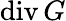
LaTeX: \mathrm{div}\, G